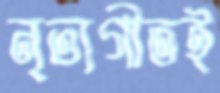
নৃত্যগীতই